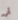
ألى